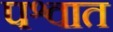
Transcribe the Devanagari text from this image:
पश्वात